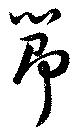
節